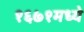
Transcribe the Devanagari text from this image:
१६७१मध्ये